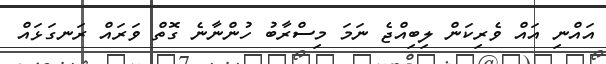
އައްނި އައް ވެރިކަން ލިބިއްޖެ ނަމަ މިސްރާބު ހުންނާނެ ގޮތް ވަރައް ރަނގަޅައް